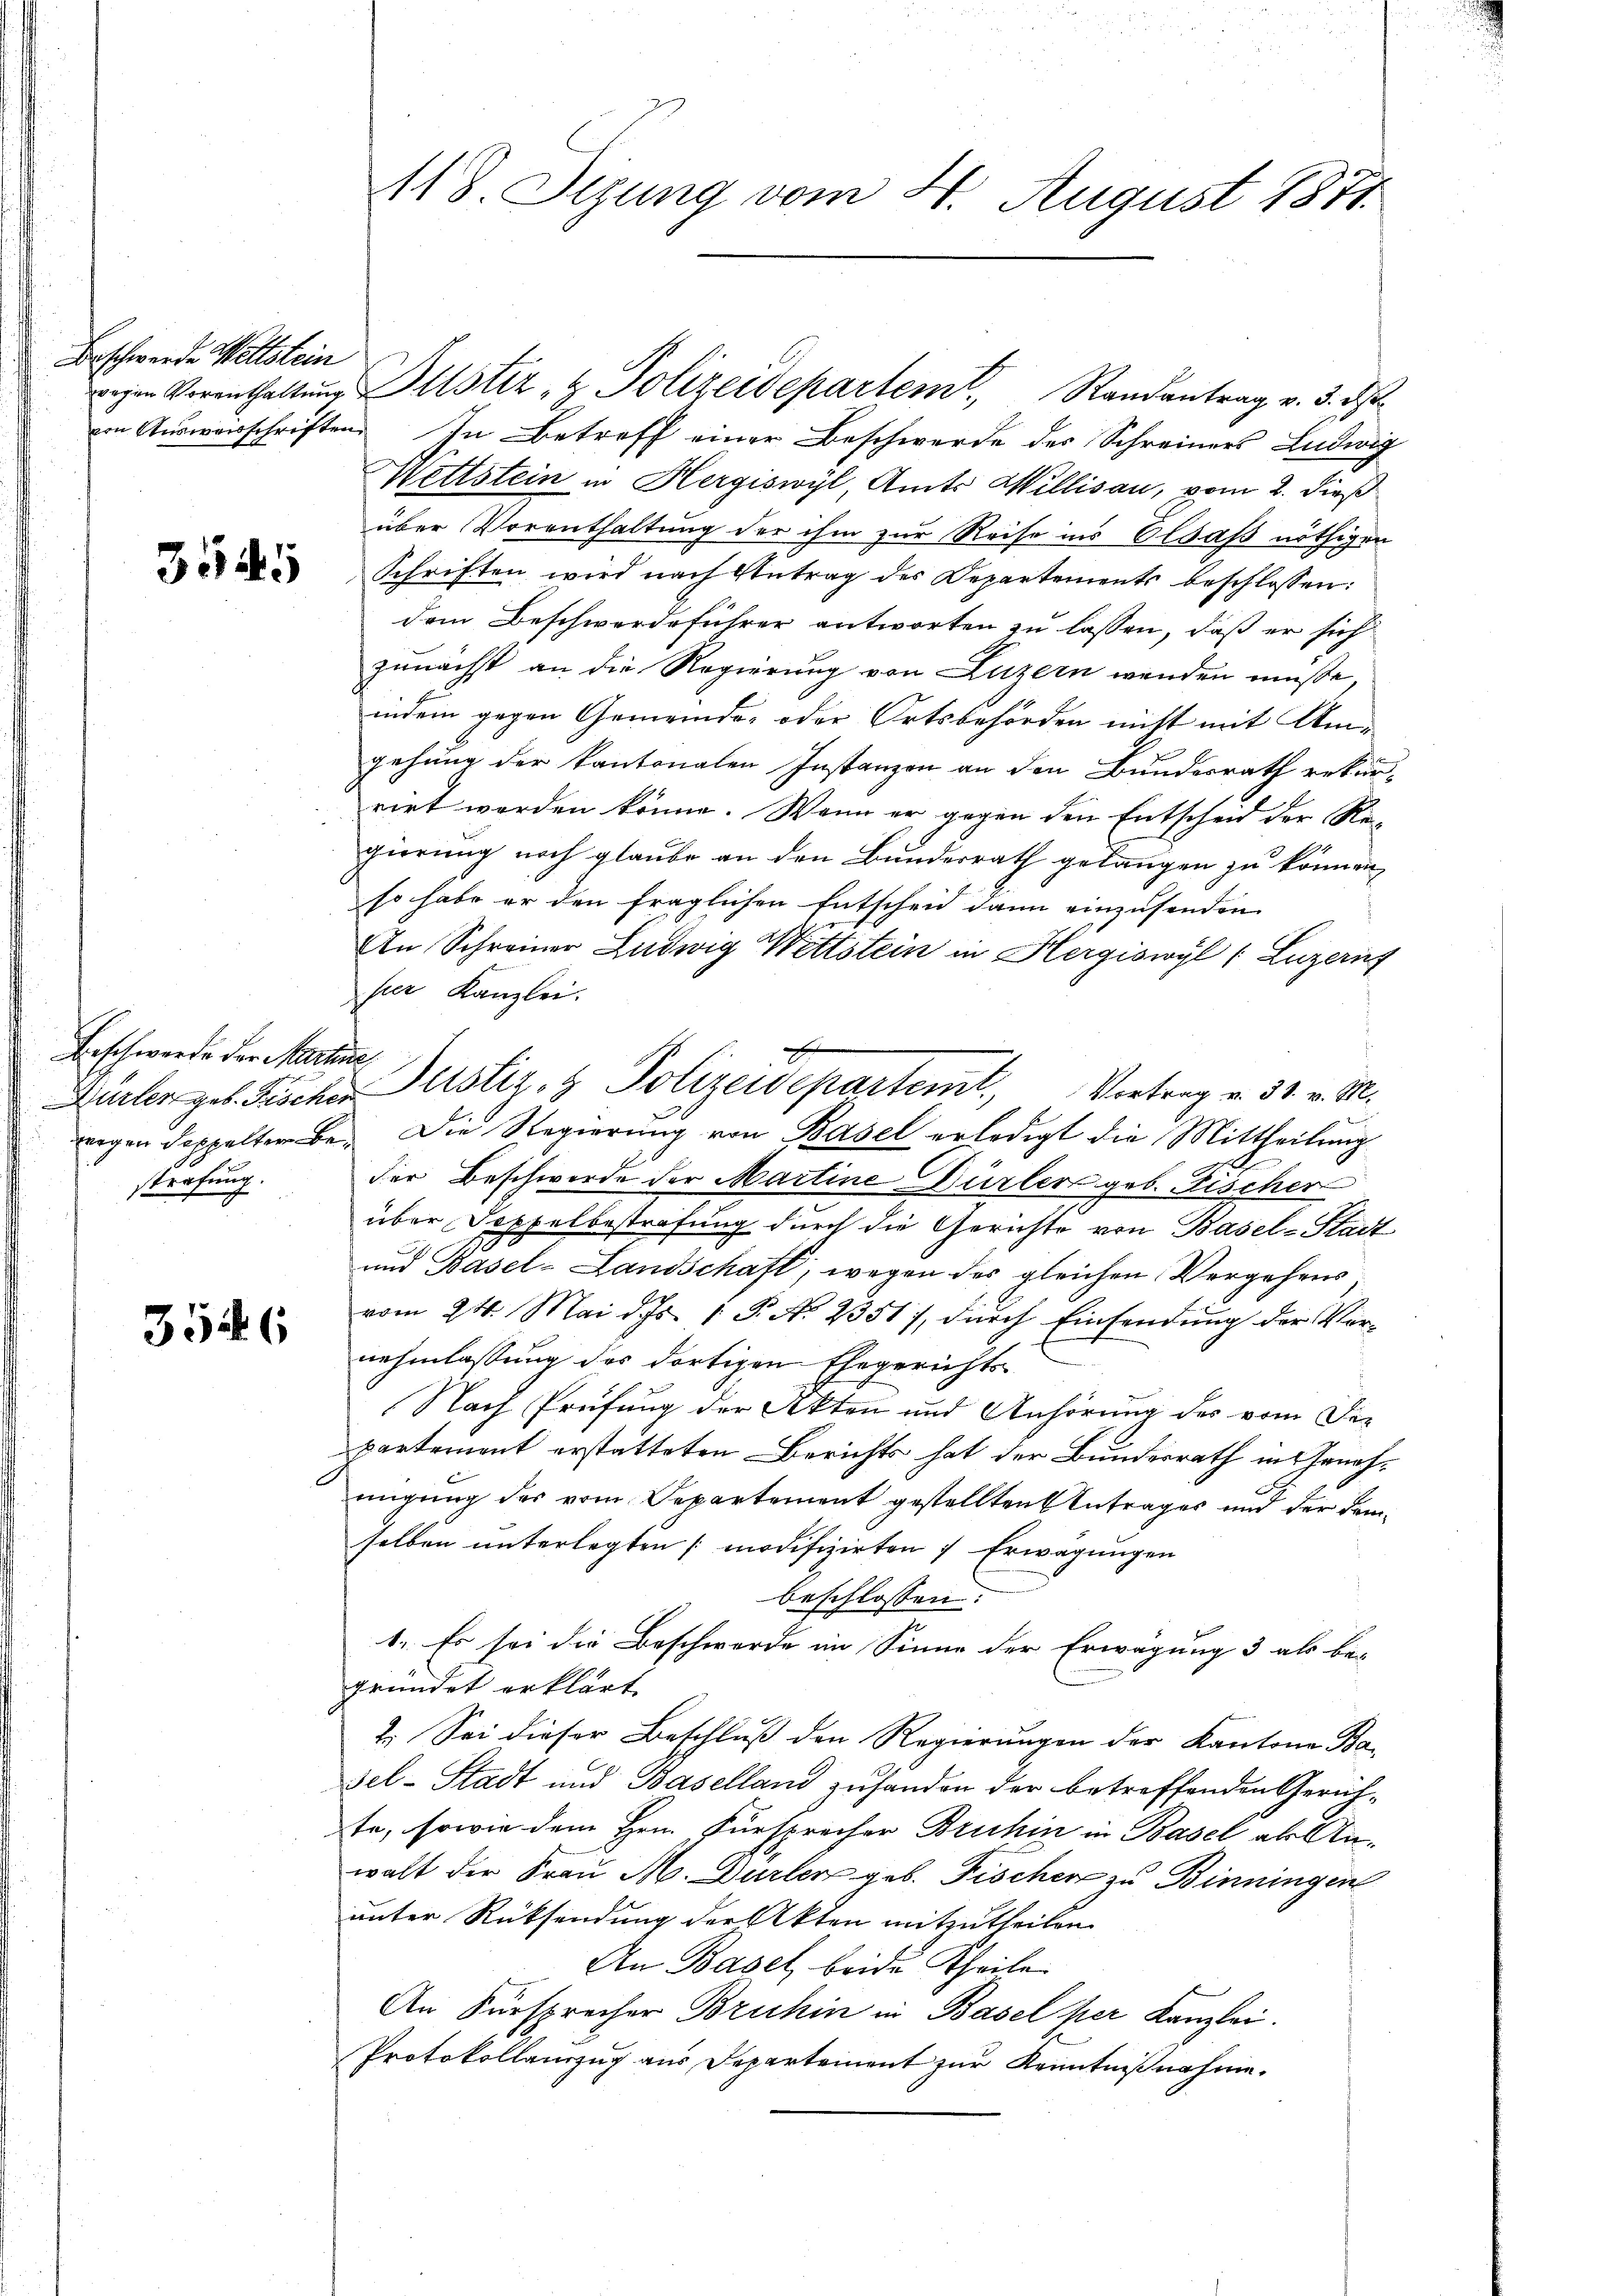
Beschwerde Wettstein

3545

Beschwerde der Martine
strafung.

3546

118. Stzung vom 4. August 1871.

wegen Verenthaltŭng ustiz & Polizeidepartemt, Randantrag v. 3. d
imn Aŭsweisschriften. In Betreff einer Beschwerde des Schreiners Ludwig
Wettstein in Hergiswyl, Amts Willisau, vom 2. dieß
über Vorenthaltung der ihm zur Reise ins Olsaß nöthigen
Schriften wird nach Antrag des Departements beschlossen:
dem Beschwerdeführer antworten zu lassen, daß er sich
zunächst an die Regierung von Luzern wenden müße,
indem gegen Gemeinde- oder Ortsbehörden nicht mit Umgehung der kantonalen Instanzen an den Bundesrath rekurrirt werden könne. Wenn er gegen den Entscheid der Regierung noch glaube an den Bundesrath gelangen zu können,
so habe er den fraglichen Entschen dann einzusenden
An Schreiner Ludwig Wettstein in Hergiswyl (Luzern
pier Kanzlei.
weegen doppelterbe. Die Regierung von Basel erledigt die Mittheilung
d
der Beschwerde der Martine Dürler geb. Fischer
über Doppelbestrafung durch die Gerichte von Basel-Stadt
und Basel-Landschaft, wegen des gleichen Vergehens
vom 24. Mai d. Js. 1 P. N. 2351), dŭrch Einsendŭng der Vor-
nehmlassung des dortigen Ehegerichts¬
Nach Prüfung der Akten und Anhörung des vom Departement erstatteten Berichts hat der Bundesrath in Genehmigung des vom Departement gestellten Antrages und der demselben unterlegten modifizirten 7 Erwägungen
beschlossen:
1. Es sei die Beschwerde im Sinne der Erwägung 3 als be-
gründet erklärt.
2. Sei dieser Beschluß den Regierungen der Kantone Basel-Stadt und Baselland zuhanden der betreffenden Gerichte, sowie dem Hrn. Fürsprecher Bruhin in Basel als Anwalt der Frau M. Dürler geb. Fischer zu Binningen
unter Rücksendung der Akten mitzutheilen.
An Basel, beide Theile
An Fürsprecher Bruhin in Basel her Kanzlei.
Protokollanzug aus Departement zur Kenntnißnahme.

Dürler geb. Fischer Justiz- & Polizeidepartem Vortrag v. 31. v. M.